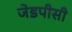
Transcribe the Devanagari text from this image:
जेडपीसी